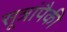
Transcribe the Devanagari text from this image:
सूत्रांपैकी